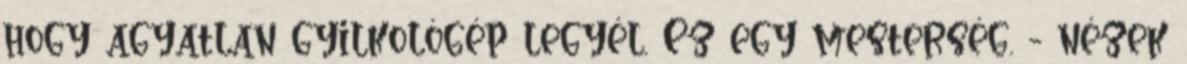
hogy agyatlan gyilkológép legyél. Ez egy mesterség. - nézek